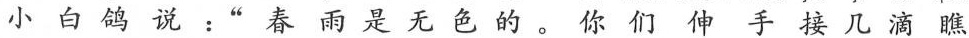
小白鸽说：”春雨是无色的。你们伸手接几滴瞧